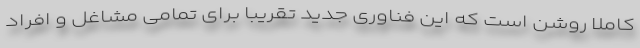
کاملاً روشن است که این فناوری جدید تقریباً برای تمامی مشاغل و افراد